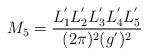
LaTeX: \begin{align*}M_{5} =\frac{L_{1}^{'}L_{2}^{'}L_{3}^{'}L_{4}^{'}L_{5}^{'}}{(2\pi)^2 (g^{'})^2}\end{align*}